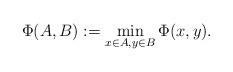
LaTeX: \begin{align*}\Phi(A,B) := \min_{x \in A, y\in B} \Phi(x,y).\end{align*}